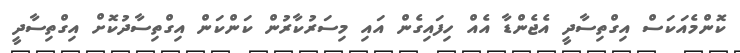
ކޮންމެއަކަސް އިގްތިސާދީ އެޖެންޑާ އެއް ހިފައިގެން އައި މިސަރުކާރުން ކަންކަން އިގްތިސާދުކޮށް އިގްތިސާދީ